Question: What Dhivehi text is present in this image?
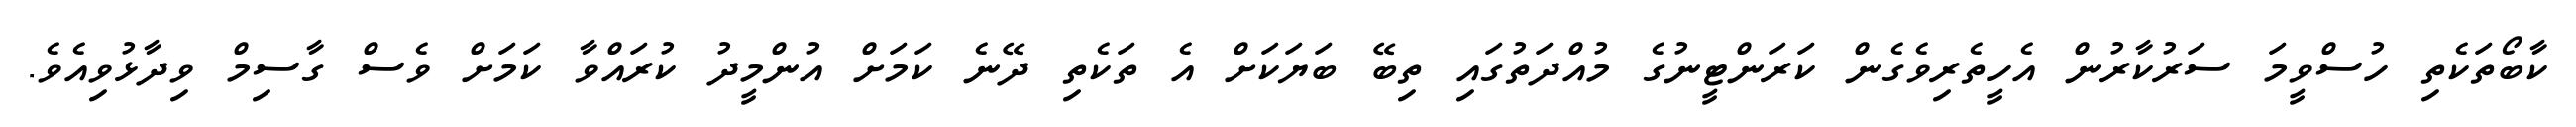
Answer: ކާބޯތަކެތި ހުސްވީމަ ސަރުކާރުން އެހީތެރިވެގެން ކަރަންޓީނުގެ މުއްދަތުގައި ތިބޭ ބަޔަކަށް އެ ތަކެތި ދޭނެ ކަމަށް އުންމީދު ކުރައްވާ ކަމަށް ވެސް ގާސިމް ވިދާޅުވިއެވެ.